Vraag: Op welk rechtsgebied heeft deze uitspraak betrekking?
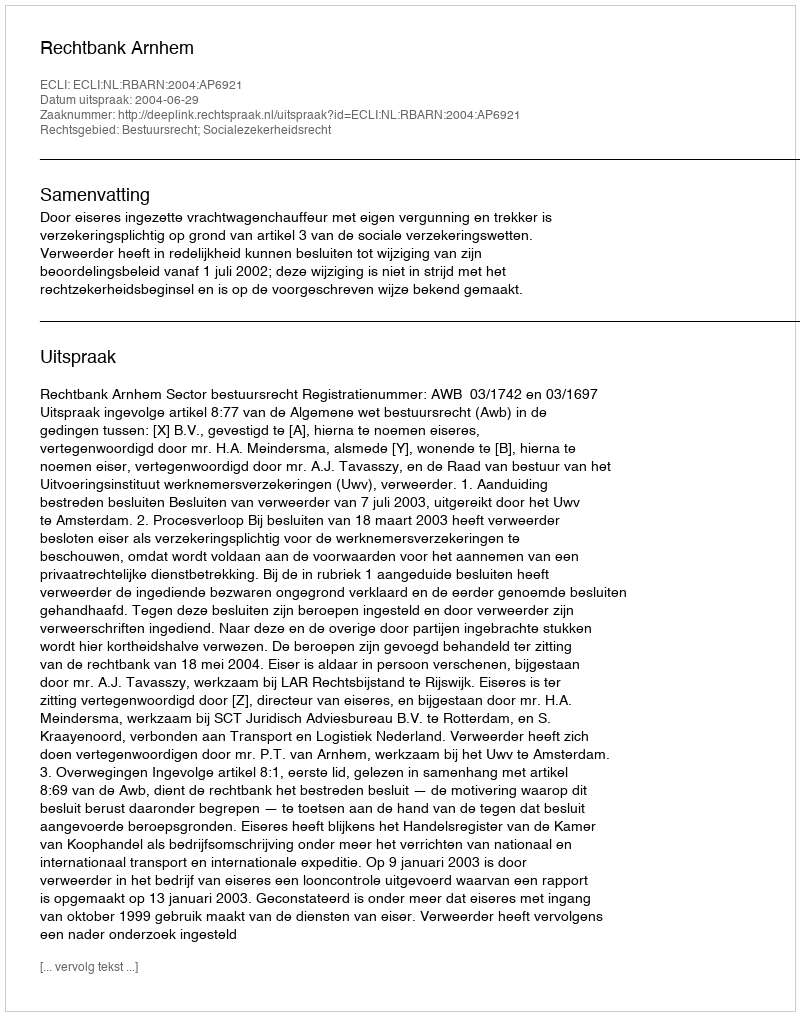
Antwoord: Bestuursrecht; Socialezekerheidsrecht